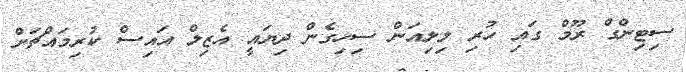
ސިޓިންގް ރޫމް ގައި ހުރި ލިލިއަން ސިހިގެން ދިޔައީ އެޒިލް އައިސް ކުރިމައްޗަށް